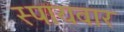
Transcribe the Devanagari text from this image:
स्पायवार